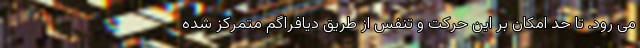
می رود. تا حد امکان بر این حرکت و تنفس از طریق دیافراگم متمرکز شده